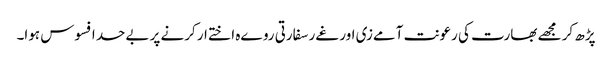
پڑھ کر مجھے بھارت کی رعونت آمےزی اور غےر سفارتی روےہ اختےار کرنے پر بےحد افسوس ہوا۔